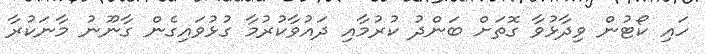
ހައި ކޯޓުން ވިދާޅުވާ ގޮތަށް ބަންދު ކުރުމާއި ދައުވާކުރުމާ ގުޅުވައިގެން ގާނޫނު މާނަކުރާ